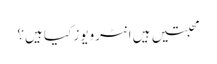
محبتیں ہیں انٹرویوز کیا ہیں؟